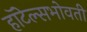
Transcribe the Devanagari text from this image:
हॉटेल्सभोवती